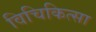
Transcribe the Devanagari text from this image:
विचिकित्सा